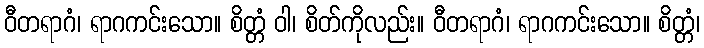
ဝီတရာဂံ၊ ရာဂကင်းသော။ စိတ္တံ ဝါ၊ စိတ်ကိုလည်း။ ဝီတရာဂံ၊ ရာဂကင်းသော။ စိတ္တံ၊